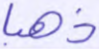
ذهبا